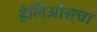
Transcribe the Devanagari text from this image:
हेलिओसचा